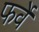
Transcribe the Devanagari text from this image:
फर्वे